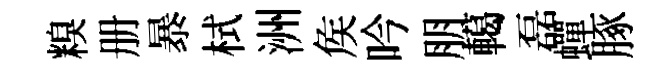
糗册暴栻洲矦吟朋轕磊蟬䐁